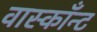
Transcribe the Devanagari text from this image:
वास्काँन्ट